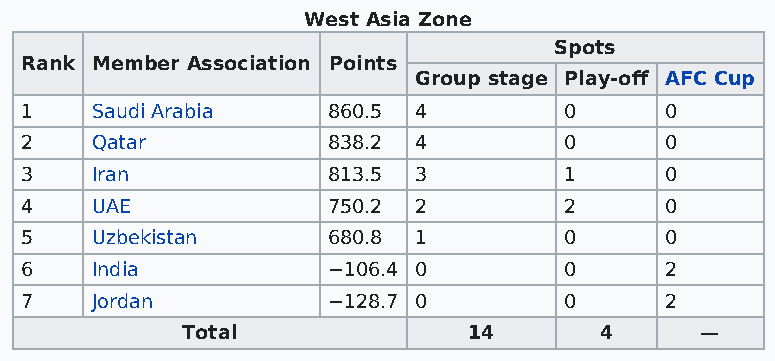
West Asia Zone
 Spots
 Rank Member Association Points
 Group stage Play-off AFC Cup
 1    Saudi Arabia    860.5 4        0      0
 2    Qatar           838.2 4        0      0
 3    Iran            813.5 3        1      0
 4    UAE             750.2 2        2      0
 5    Uzbekistan      680.8 1        0      0
 6    India           −106.4 0       0      2
 7    Jordan          −128.7 0       0      2
 Total              14       4     —